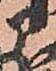
部